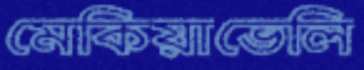
মেকিয়াভেলি